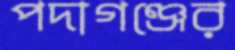
পদাগঞ্জের